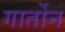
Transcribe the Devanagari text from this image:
गार्तोन